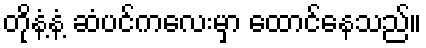
တိုနံ့နံ့ ဆံပင်ကလေးမှာ ထောင်နေသည်။